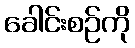
ခေါင်းစဉ်ကို